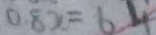
0 . 8 x = 6 . 4